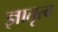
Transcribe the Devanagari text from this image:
ज्ञातृत्व